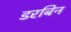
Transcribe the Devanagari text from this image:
डरबिन